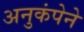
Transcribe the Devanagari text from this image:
अनुकंपेने